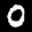
Label: 0